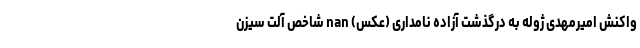
واکنش امیرمهدی ژوله به درگذشت آزاده نامداری (عکس) nan شاخص آلت سیزن